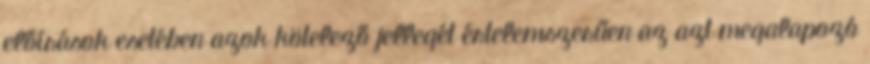
előírások esetében azok kötelező jellegét értelemszerűen az azt megalapozó